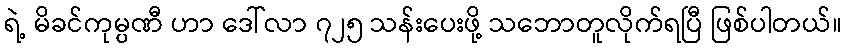
ရဲ့ မိခင်ကုမ္ပဏီ ဟာ ဒေါ်လာ ၇၂၅ သန်းပေးဖို့ သဘောတူလိုက်ရပြီ ဖြစ်ပါတယ်။